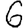
Digit: 6